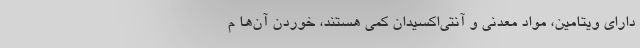
دارای ویتامین، مواد معدنی و آنتی‌اکسیدان کمی هستند، خوردن آن‌ها م